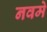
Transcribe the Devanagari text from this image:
नवमे